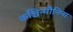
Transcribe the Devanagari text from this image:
कश्चिन्मौनिना